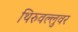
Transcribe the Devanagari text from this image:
थिरुवल्लुवर